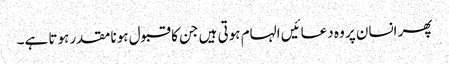
پھر انسان پر وہ دعائیں الہام ہوتی ہیں جن کا قبول ہونا مقدر ہوتا ہے۔